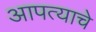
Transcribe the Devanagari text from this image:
आपत्याचे